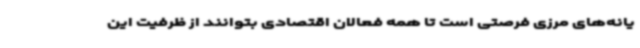
یانه‌های مرزی فرصتی است تا همه فعالان اقتصادی بتوانند از ظرفیت این